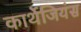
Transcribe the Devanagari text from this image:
कार्थेजियंस